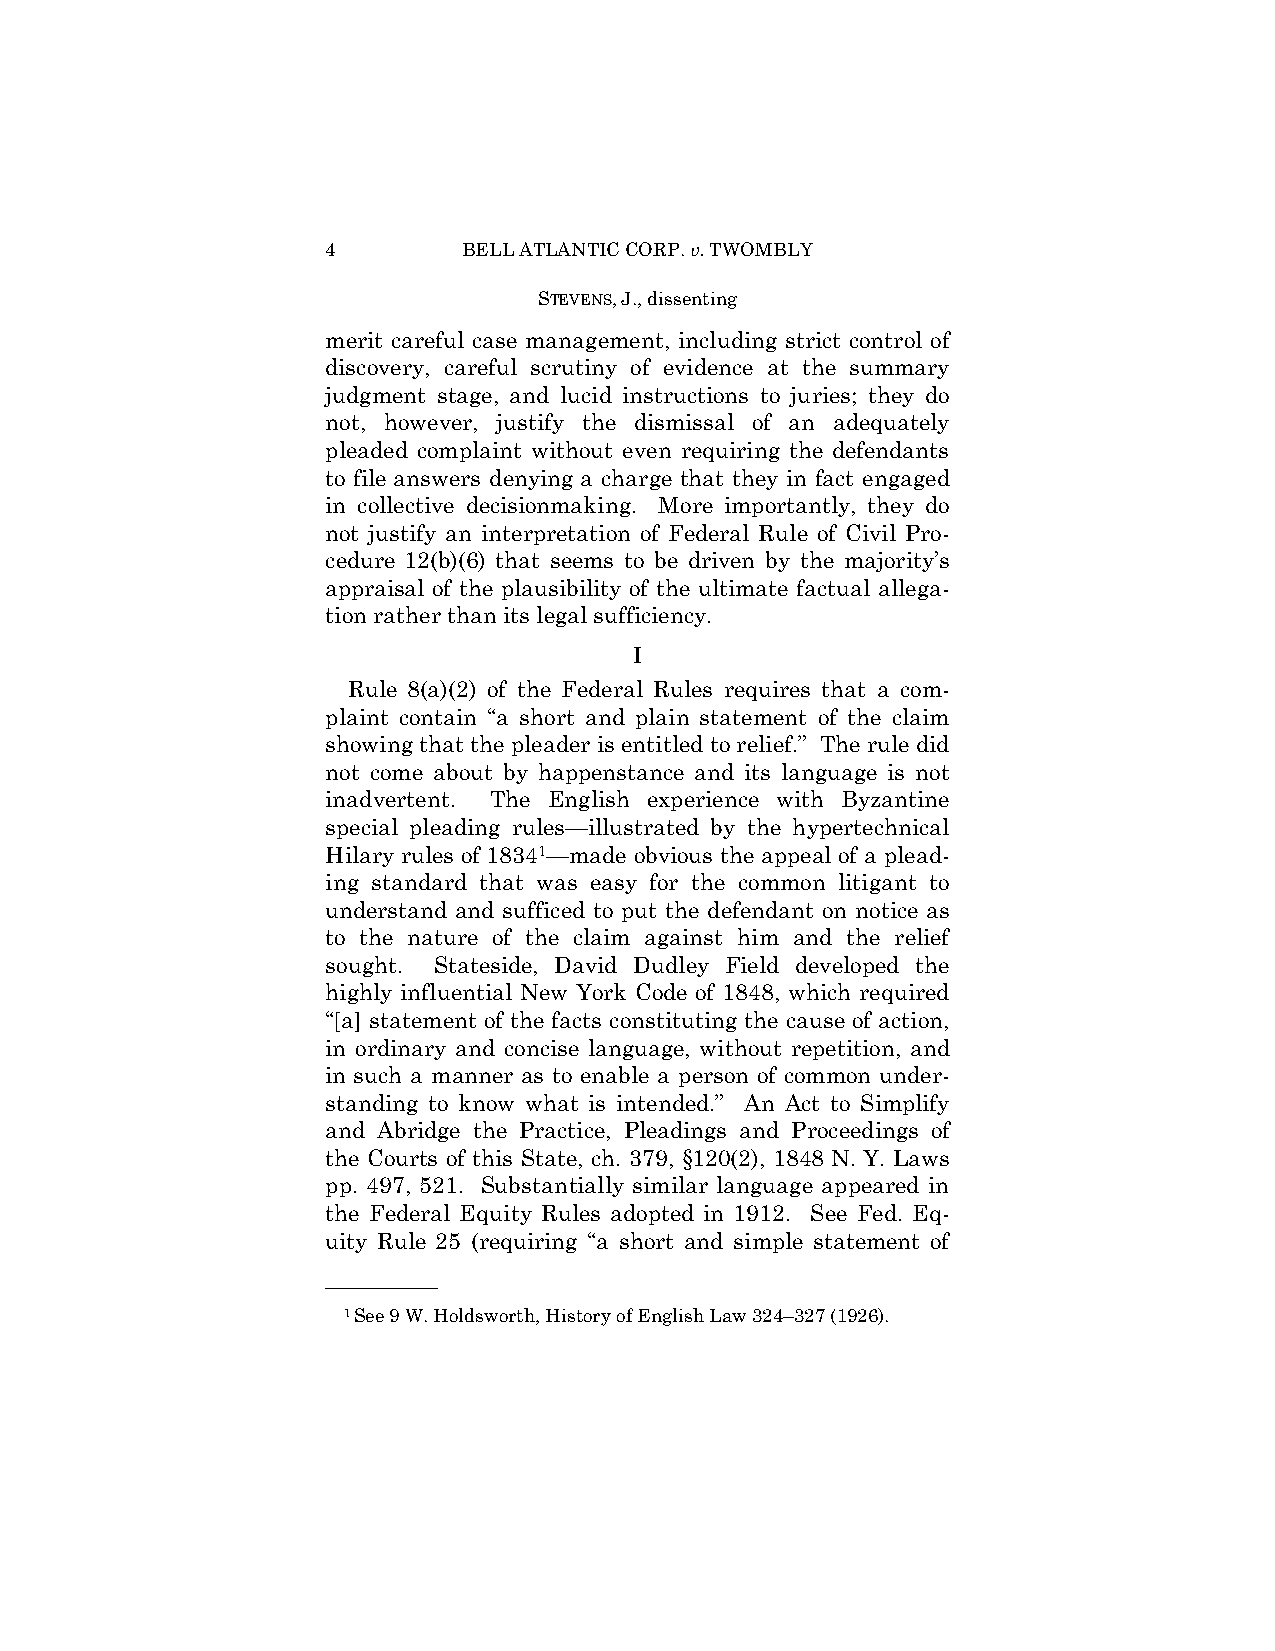
4        BELL ATLANTIC CORP. v. TWOMBLY
 STEVENS, J., dissenting
 merit careful case management, including strict control of
 discovery, careful scrutiny of evidence at the summary
 judgment stage, and lucid instructions to juries; they do
 not, however, justify the dismissal of an adequately
 pleaded complaint without even requiring the defendants
 to file answers denying a charge that they in fact engaged
 in collective decisionmaking. More importantly, they do
 not justify an interpretation of Federal Rule of Civil Pro-
 cedure 12(b)(6) that seems to be driven by the majority’s
 appraisal of the plausibility of the ultimate factual allega-
 tion rather than its legal sufficiency.
 I
 Rule 8(a)(2) of the Federal Rules requires that a com-
 plaint contain “a short and plain statement of the claim
 showing that the pleader is entitled to relief.” The rule did
 not come about by happenstance and its language is not
 inadvertent. The English experience with Byzantine
 special pleading rules—illustrated by the hypertechnical
 Hilary rules of 18341—made obvious the appeal of a plead-
 ing standard that was easy for the common litigant to
 understand and sufficed to put the defendant on notice as
 to the nature of the claim against him and the relief
 sought. Stateside, David Dudley Field developed the
 highly influential New York Code of 1848, which required
 “[a] statement of the facts constituting the cause of action,
 in ordinary and concise language, without repetition, and
 in such a manner as to enable a person of common under-
 standing to know what is intended.” An Act to Simplify
 and Abridge the Practice, Pleadings and Proceedings of
 the Courts of this State, ch. 379, §120(2), 1848 N. Y. Laws
 pp. 497, 521. Substantially similar language appeared in
 the Federal Equity Rules adopted in 1912. See Fed. Eq-
 uity Rule 25 (requiring “a short and simple statement of
 ——————
 1See 9 W. Holdsworth, History of English Law 324–327 (1926).